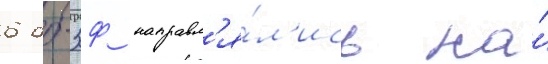
6 дб-3ф направл'я́л'ись на́